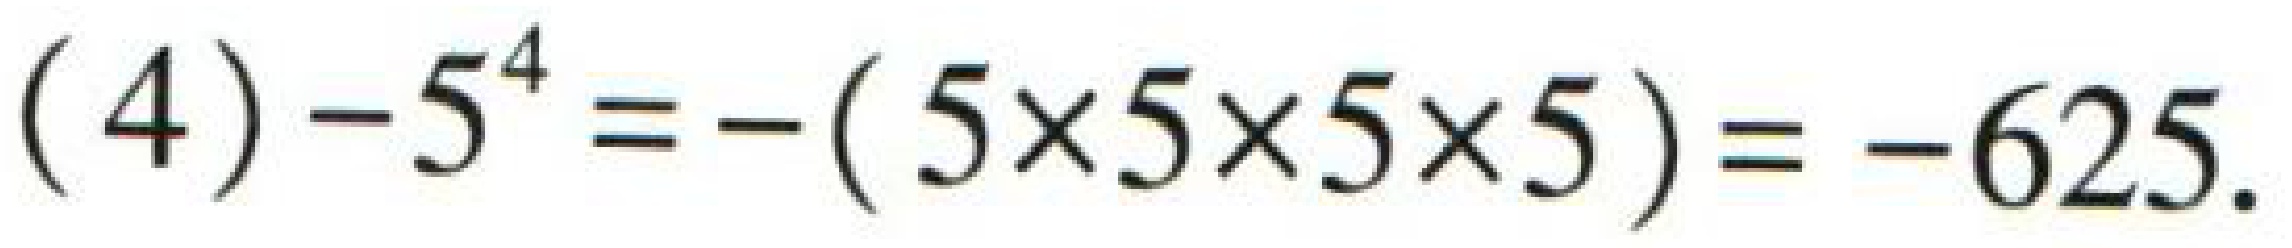
\((4)-5^{4}=-(5\times5\times5\times5)= - 625.\)